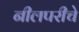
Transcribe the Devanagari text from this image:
नीलपरीचे